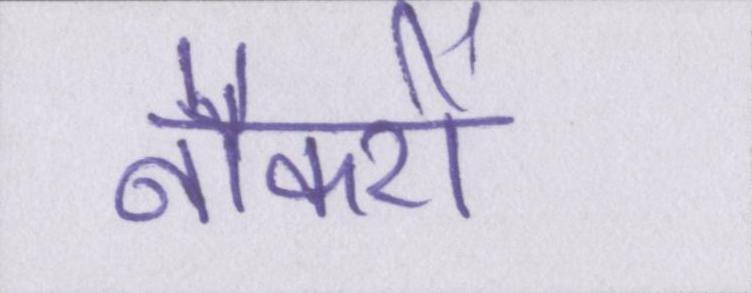
नौकरों